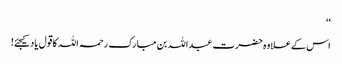
‘‘
اس کے علاوہ حضرت عبداللہ بن مبارک رحمہ اللہ کا قول یاد کیجئے!